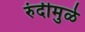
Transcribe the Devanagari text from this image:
रुंदीमुळे